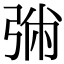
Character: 㢼